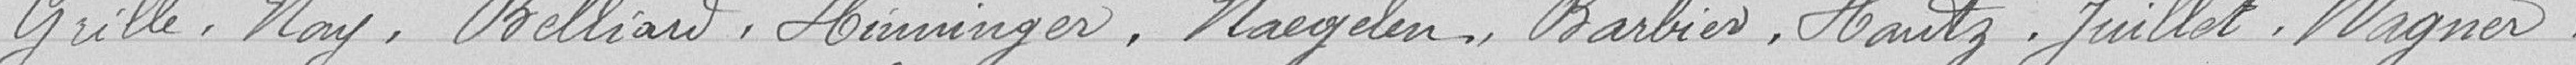
Grille, Nay, Belliard, Hinninger, Naegelen, Barbier, Hautz, Juillet, Wagner,